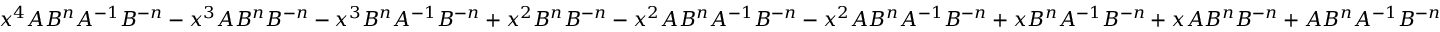
x ^ { 4 } A B ^ { n } A ^ { - 1 } B ^ { - n } - x ^ { 3 } A B ^ { n } B ^ { - n } - x ^ { 3 } B ^ { n } A ^ { - 1 } B ^ { - n } + x ^ { 2 } B ^ { n } B ^ { - n } - x ^ { 2 } A B ^ { n } A ^ { - 1 } B ^ { - n } - x ^ { 2 } A B ^ { n } A ^ { - 1 } B ^ { - n } + x B ^ { n } A ^ { - 1 } B ^ { - n } + x A B ^ { n } B ^ { - n } + A B ^ { n } A ^ { - 1 } B ^ { - n }